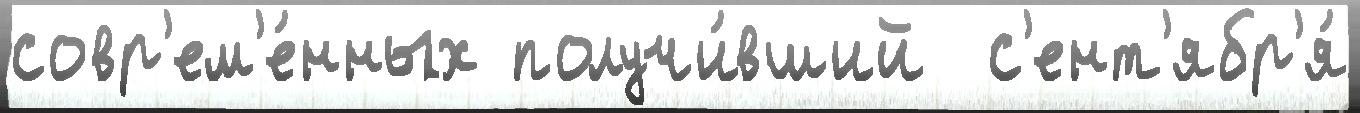
совр'ем'е́нных получи́вший  с'ент'ябр'я́